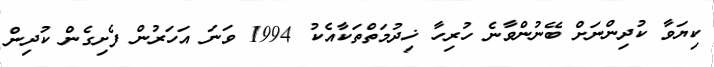
ކިޔަވާ ކުދިންނަށް ބޭނުންވާނެ ހުރިހާ ޚިދުމަތްތަކާއެކު 1994 ވަނަ އަހަރުން ފެށިގެން ކުދިން